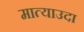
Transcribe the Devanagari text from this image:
मात्याउदा